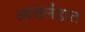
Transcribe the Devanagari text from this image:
आयर्लंडात